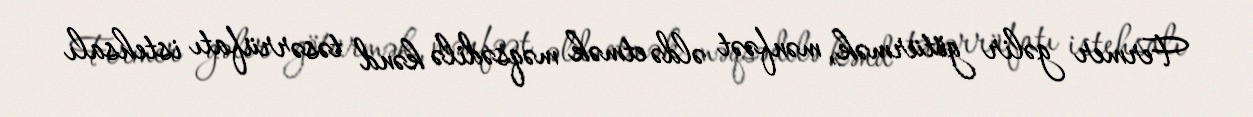
Fermer gəlir götürmək, mənfəət əldə etmək məqsədilə kənd təsərrüfatı istehsalı